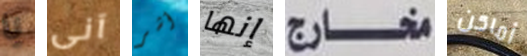
يا آنى أشر إنها مخارج أماكن